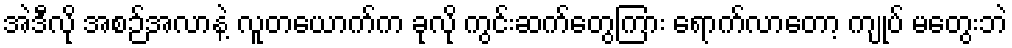
အဲဒီလို အစဉ်အလာနဲ့ လူတယောက်က ခုလို ကွင်းဆက်တွေကြား ရောက်လာတော့ ကျုပ် မတွေးဘဲ